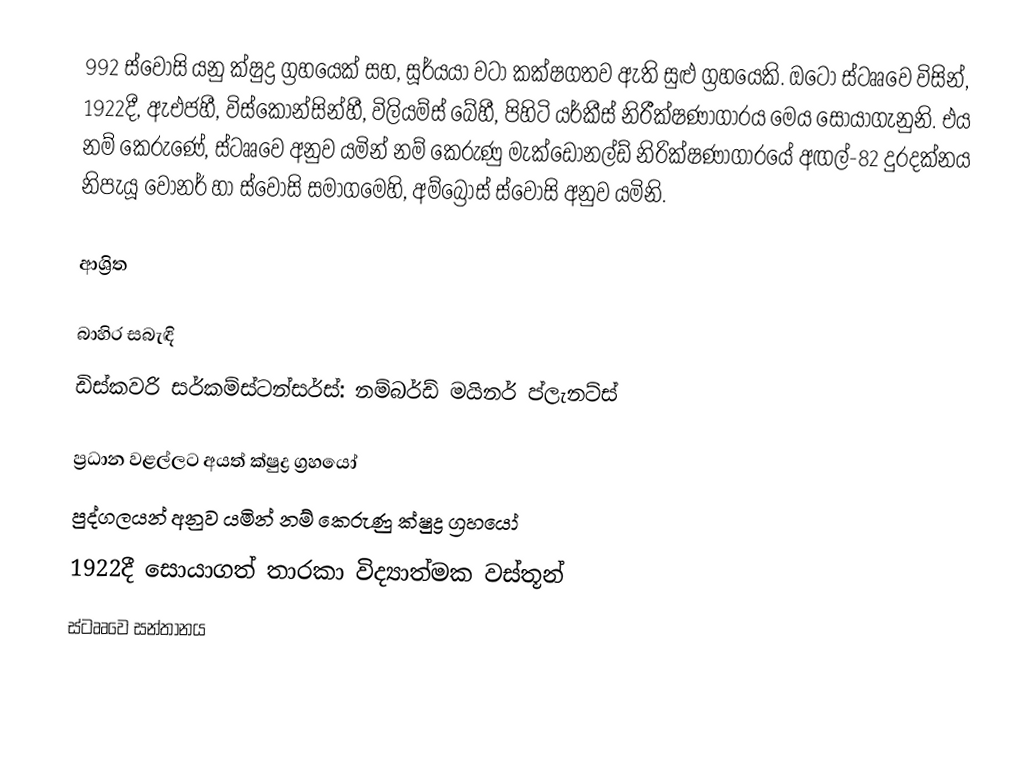
992 ස්වෝසි යනු ක්ෂුද්‍ර ග්‍රහයෙක් සහ, සූර්යයා වටා කක්ෂගතව ඇති සුළු ග්‍රහයෙකි. ඔටෝ ස්ටෲවෙ විසින්, 1922දී, ඇඑජහී, විස්කෝන්සින්හී, විලියම්ස් බේහී, පිහිටි යර්කීස් නිරීක්ෂණාගාරය මෙය සොයාගැනුනි. එය නම් කෙරුණේ,  ස්ටෲවෙ අනුව යමින් නම් කෙරුණු මැක්ඩොනල්ඩ් නිරික්ෂණාගාරයේ අඟල්-82 දුරදක්නය නිපැයූ   වෝනර් හා ස්වෝසි සමාගමෙහි, අම්බ්‍රෝස් ස්වෝසි අනුව යමිනි.

ආශ්‍රිත

බාහිර සබැඳි
 ඩිස්කවරි සර්කම්ස්ටන්සර්ස්: නම්බර්ඩ් මයිනර් ප්ලැනට්ස්

ප්‍රධාන වළල්ලට අයත් ක්ෂුද්‍ර ග්‍රහයෝ
පුද්ගලයන් අනුව යමින් නම් කෙරුණු ක්ෂුද්‍ර ග්‍රහයෝ
1922දී සොයාගත් තාරකා විද්‍යාත්මක වස්තූන්
ස්ටෲවෙ සන්තානය